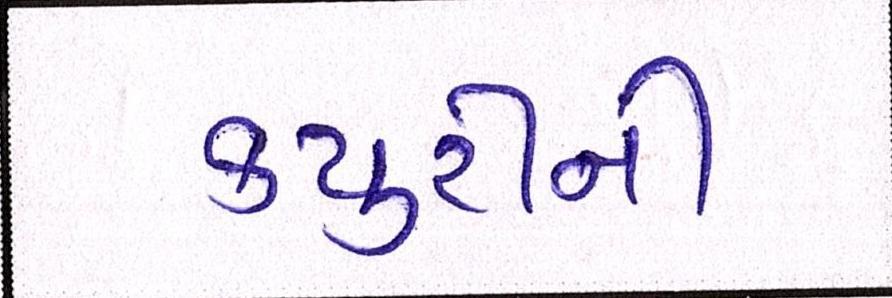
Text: ક્યુરીની